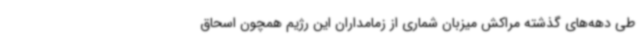
طی دهه‌های گذشته مراکش میزبان شماری از زمامداران این رژیم همچون اسحاق